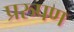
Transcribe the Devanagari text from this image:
प्ररुपण